Problem: 49 + 34 = ?
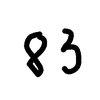
Handwritten answer: 83